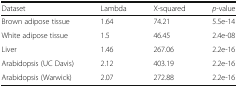
<table><thead><tr><td><b>Dataset</b></td><td><b>Lambda</b></td><td><b>X-squared</b></td><td><b><i>p</i>-value</b></td></tr></thead><tbody><tr><td>Brown adipose tissue</td><td>1.64</td><td>74.21</td><td>5.5e-14</td></tr><tr><td>White adipose tissue</td><td>1.5</td><td>46.45</td><td>2.4e-08</td></tr><tr><td>Liver</td><td>1.46</td><td>267.06</td><td>2.2e-16</td></tr><tr><td>Arabidopsis (UC Davis)</td><td>2.12</td><td>403.19</td><td>2.2e-16</td></tr><tr><td>Arabidopsis (Warwick)</td><td>2.07</td><td>272.88</td><td>2.2e-16</td></tr></tbody></table>